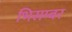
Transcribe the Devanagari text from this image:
भिसम्बर